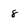
Character: 8